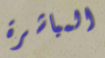
المباشرة